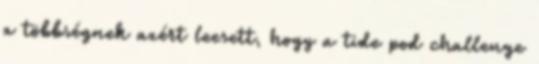
a többségnek azért leesett, hogy a tide pod challenge